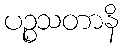
ပဉ္စသတာနိ